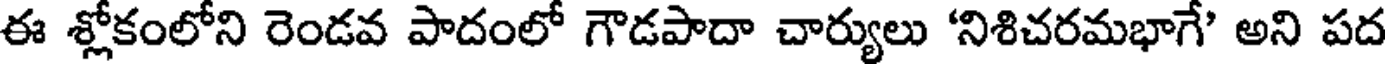
ఈ శ్లోకంలోని రెండవ పాదంలో గౌడపాదా చార్యులు 'నిశిచరమభాగే' అని పద